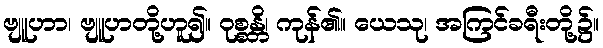
ဗျူဟာ၊ ဗျူဟတို့ဟူ၍။ ဝုစ္စန္တိ၊ ကုန်၏။ ယေသု၊ အကြင်ခရီးတို့၌။